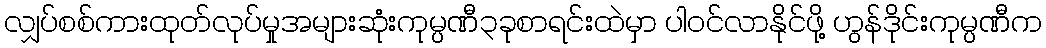
လျှပ်စစ်ကားထုတ်လုပ်မှုအများဆုံးကုမ္ပဏီ၃ခုစာရင်းထဲမှာ ပါဝင်လာနိုင်ဖို့ ဟွန်ဒိုင်းကုမ္ပဏီက